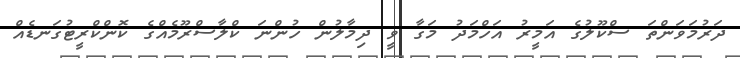
ދަރުމަވަންތަ ސްކޫލުގެ އަމީރު އަހްމަދު މަގާ ވީ ދިމާލުން ހުންނަ ކްލާސްރޫމެއްގެ ކޮންކްރީޓުގަނޑެއް